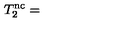
T _ { 2 } ^ { \mathrm { n c } } =